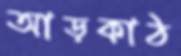
আড়কাঠ